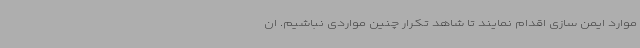
موارد ایمن سازی اقدام نمایند تا شاهد تکرار چنین مواردی نباشیم. ان